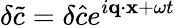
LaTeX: \delta\tilde{c}=\delta\hat{c}e^{i\mathbf{q}\cdot\mathbf{x}+\omega t}